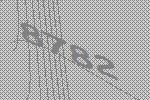
8782